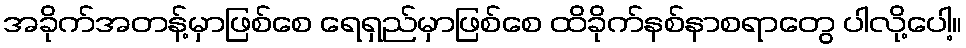
အခိုက်အတန့်မှာဖြစ်စေ ရေရှည်မှာဖြစ်စေ ထိခိုက်နစ်နာစရာတွေ ပါလို့ပေါ့။